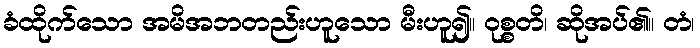
ခံထိုက်သော အမိအဘတည်းဟူသော မီးဟူ၍။ ဝုစ္စတိ၊ ဆိုအပ်၏။ တံ၊